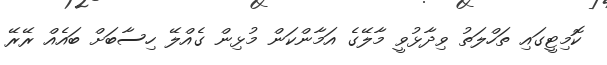
ކޮމިޓީގައި ތަހްލަތު ވިދާޅުވީ މާލޭގެ އަމާންކަން މުޅިން ގެއްލޭ ހިސާބަށް ބައެއް ރޭރޭ